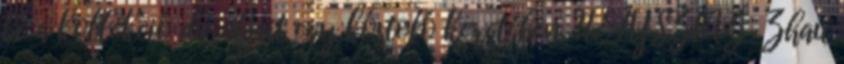
be a kollekció darabjait egy kóstoló keretében. HELYSZÍNZ: Zhau